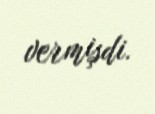
vermişdi.